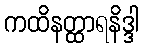
ကထိနတ္ထာရနိဒ္ဒါ